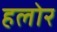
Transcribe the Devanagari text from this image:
हलोर